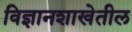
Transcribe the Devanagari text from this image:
विज्ञानशाखेतील